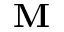
\textbf { M }